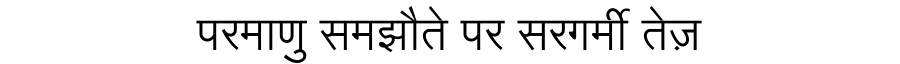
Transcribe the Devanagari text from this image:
परमाणु समझौते पर सरगर्मी तेज़